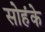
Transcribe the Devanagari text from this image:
सोहंके